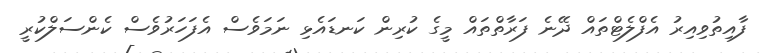
ފާއިތުވިއިރު އެފްލެޓްތައް ދޭނެ ފަރާތްތައް މީގެ ކުރިން ކަނޑައެޅި ނަމަވެސް އެފަހަރުވެސް ކެންސަލްކުރީ